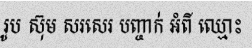
រូប ស៊ុម សរសេរ បញ្ចាក់ អំពី ឈ្មោះ